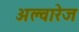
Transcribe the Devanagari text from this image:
अल्वारेज